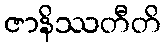
ဇာနိဿတီတိ